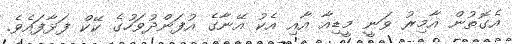
އެގޮތުން އާމިރު ވަނީ މީޑިއާ އާއި އެކު އޭނާގެ އުފަންދުވަހުގެ ކޭކް ފަޅާފައެވެ.